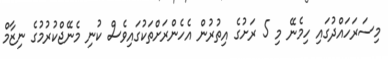
މިސަރަހައްދުގައި ހިމެނޭ މި 5 ރަށުގެ އިތުރުން އެހެންރަށްތަކުގައިވެސް ކުނި މެނޭޖްކުރުމުގެ ނިޒާމް